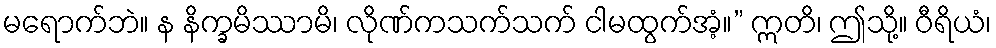
မရောက်ဘဲ။ န နိက္ခမိဿာမိ၊ လိုဏ်ကသက်သက် ငါမထွက်အံ့။” ဣတိ၊ ဤသို့။ ဝီရိယံ၊